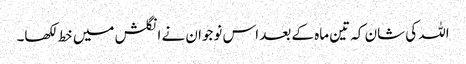
اللہ کی شان کہ تین ماہ کے بعد اس نوجوان نے انگلش میں خط لکھا۔